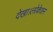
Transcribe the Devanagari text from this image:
देखा।लोकेशन